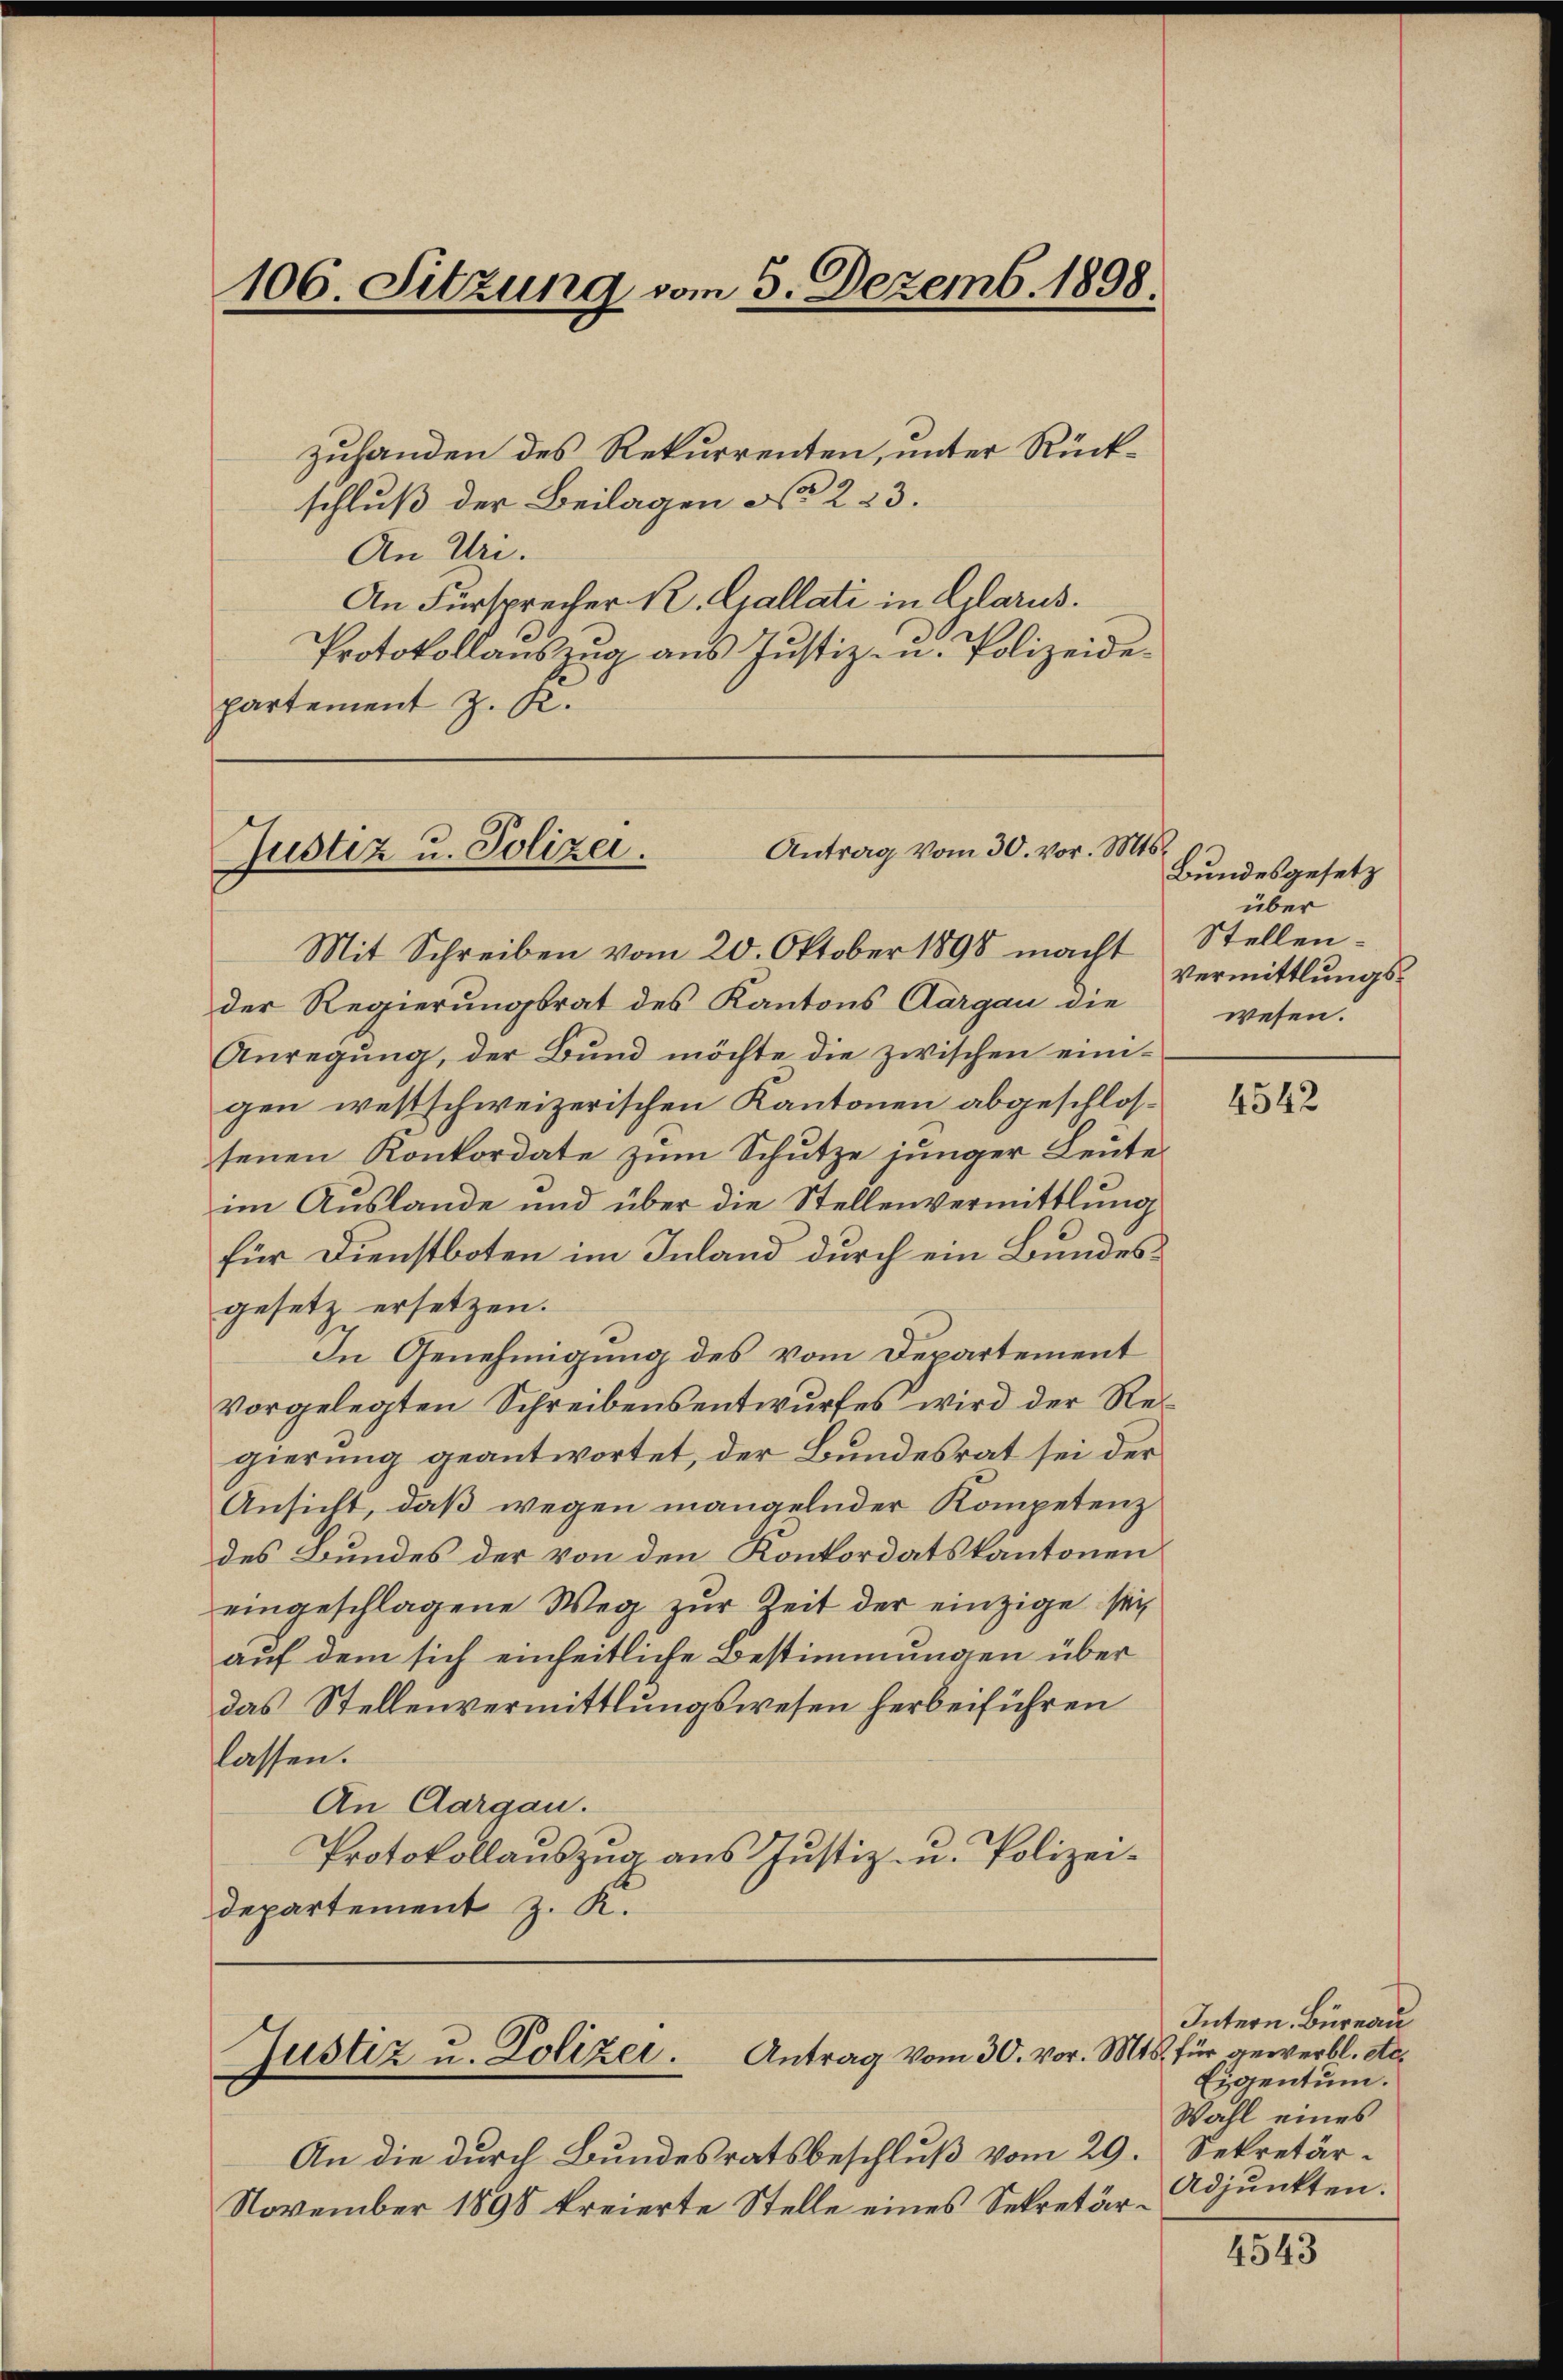
106. Sitzung vom 5. Dezemb. 1898.

zuhanden des Rekurrenten, unter Rückschluß der Beilagen No 223.
An Uri.
An Fürsprecher R. Gallati in Glarus.
Protokollauszug aus Justiz- u. Polizeide
partement z. R.

Antrag vom 30. vor. Mts.
Justiz u. Polizei.

Justiz u. Polizei. Antrag vom 30. vor. Mts. für gewerbl. etc.

An die durch Bundesratsbeschluß vom 29. Sekretär¬
November 1898 kreierte Stelle eines Sekretär¬

Mit Schreiben vom 20. Oktober 1898 macht
der Regierungsrat des Kantons Aargau die
Anregung, der Bund möchte die zwischen einigen westschweizerischen Kantonen abgeschlossenen Konkordate zum Schutze junger Leute
im Auslande und über die Stellenvermittlung
für Dienstboten im Inland durch ein Bundesgesetz ersetzen.
In Genehmigung des vom Departement
vorgelegten Schreibensentwurfes wird der Regierung geantwortet, der Bundesrat sei der
Ansicht, daß wegen mangelnder Kompetenz
des Bundes der von den Konkordatskantonen
eingeschlagene Weg zŭr Zeit der einzige sei
auf dem sich einheitliche Bestimmungen über
das Stellenvermittlungswesen herbeiführen
lassen.
An Aargau.
Protokollauszug aus Justiz- u. Polizeidepartement z. R.

Bundesgesetz
über
Stellen.
Vermittlungswesen.

4542

Intern. Büreau
Eigentum.
Wahl eines
Adjunkten.

1815